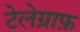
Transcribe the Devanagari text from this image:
टेलेग्राफ़